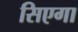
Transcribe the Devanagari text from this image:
सिएगा